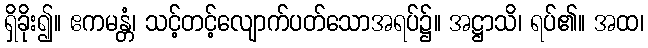
ရှိခိုး၍။ ဧကမန္တံ၊ သင့်တင့်လျောက်ပတ်သောအရပ်၌။ အဋ္ဌာသိ၊ ရပ်၏။ အထ၊